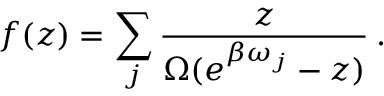
f ( z ) = \sum _ { j } \frac { z } { \Omega ( e ^ { \beta \omega _ { j } } - z ) } \: . \nonumber